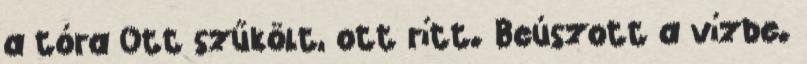
a tóra Ott szűkölt, ott rítt. Beúszott a vízbe.